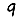
Digit: 9